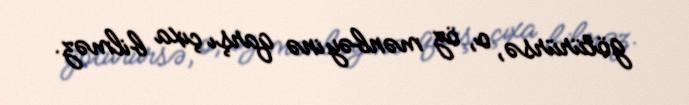
götürürsə, o, öz mənbəyinə qarşı çıxa bilməz.